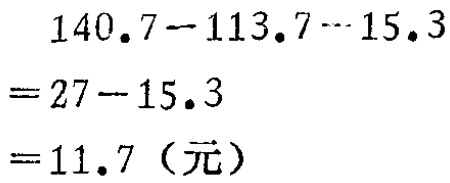
\[
\begin{align*}
&140.7 - 113.7 - 15.3\\
=&27 - 15.3\\
=&11.7 \text{（元）}
\end{align*}
\]